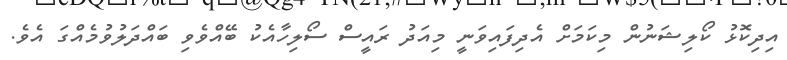
އިދިކޮޅު ކޯލިޝަނުން މިކަމަށް އެދިފައިވަނީ މިއަދު ރައީސް ސޯލިހާއެކު ބޭއްވެވި ބައްދަލުވުމެއްގަ އެވެ.